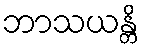
ဘာသယန္တိ